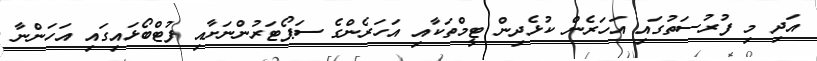
އަދި މި ފުރުސަތުގައި އަހަރެން ކުޅެދިން ޓީމްތަކާއި އަހަރެންގެ ސަޕޯޓަރުންނަށާއި ފުޓްބޯޅައިގައި އަހަންނާ